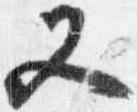
又